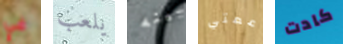
في يلعب بينه عمتي كادت